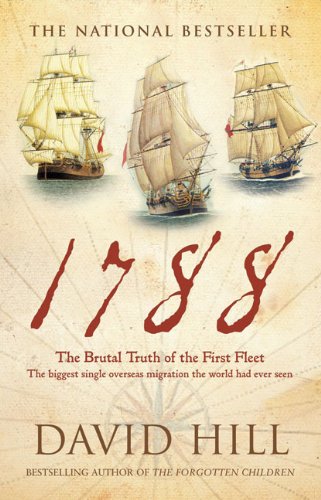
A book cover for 1788: The Brutal Truth of the First Fleet; David Hill; History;